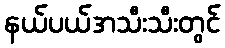
နယ်ပယ်အသီးသီးတွင်